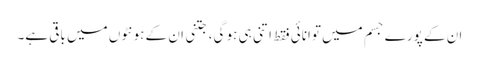
ان کے پورے جسم میں توانائی فقط اتنی ہی ہو گی، جتنی ان کے ہونٹوں میں باقی ہے۔